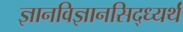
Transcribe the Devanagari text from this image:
ज्ञानविज्ञानसिद्ध्यर्थं